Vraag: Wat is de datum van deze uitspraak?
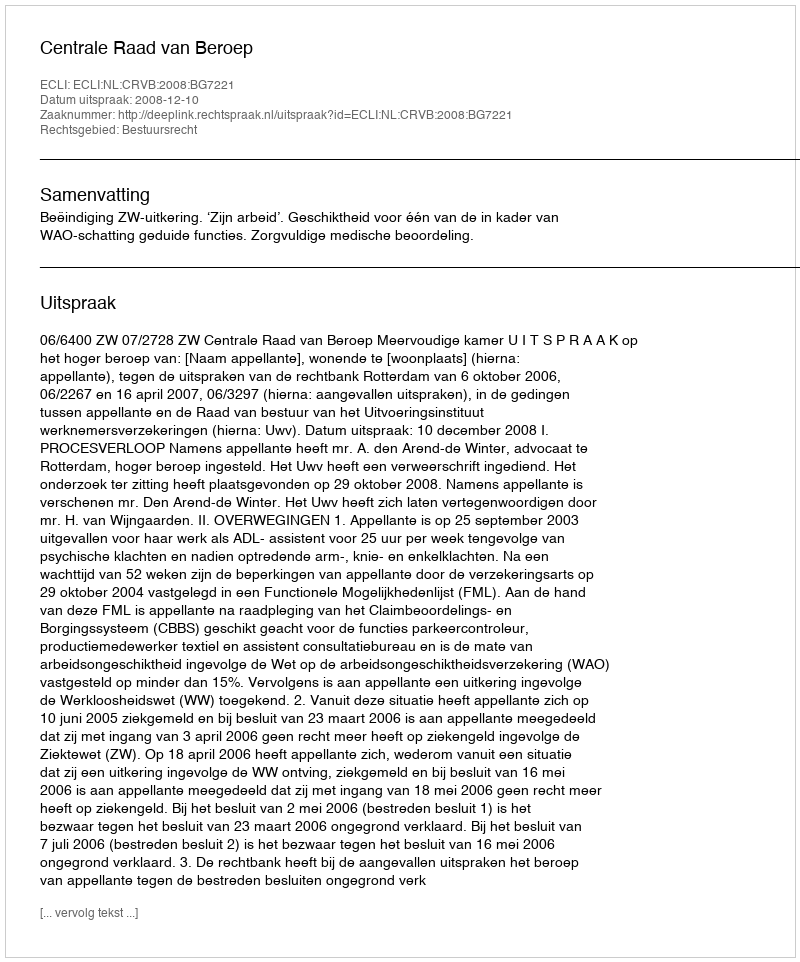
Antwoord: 2008-12-10